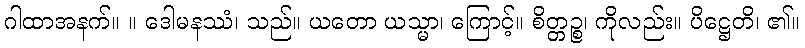
ဂါထာအနက်။ ။ ဒေါမနဿံ၊ သည်။ ယတော ယသ္မာ၊ ကြောင့်။ စိတ္တဉ္စ၊ ကိုလည်း။ ပိဋ္ဌေတိ၊ ၏။